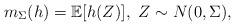
LaTeX: \begin{align*}m_\Sigma(h)=\mathbb{E}[h(Z)],~Z\sim N(0,\Sigma),\end{align*}